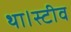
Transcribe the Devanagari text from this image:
था।स्टीव